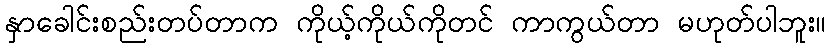
နှာခေါင်းစည်းတပ်တာက ကိုယ့်ကိုယ်ကိုတင် ကာကွယ်တာ မဟုတ်ပါဘူး။